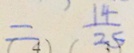
= \frac { 1 4 } { 2 5 }